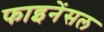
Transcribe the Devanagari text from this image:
फाइनेंसल